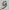
Text: 10